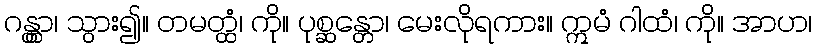
ဂန္တွာ၊ သွား၍။ တမတ္ထံ၊ ကို။ ပုစ္ဆန္တော၊ မေးလိုရကား။ ဣမံ ဂါထံ၊ ကို။ အာဟ၊